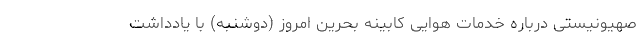
صهیونیستی درباره خدمات هوایی کابینه بحرین امروز (دوشنبه) با یادداشت